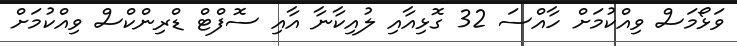
ވަޅޯމަސް ވިއްކުމަށް ހާއްސަ 32 ގޮޅިއާއި ލުއިކާނާ އާއި ސޮފްޓް ޑްރިންކްސް ވިއްކުމަށް